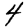
Digit: 4